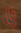
يا